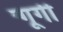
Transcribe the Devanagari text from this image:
न्गूगी